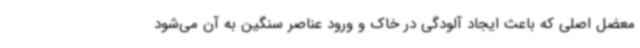
معضل اصلی که باعث ایجاد آلودگی در خاک و ورود عناصر سنگین به آن می‌شود